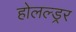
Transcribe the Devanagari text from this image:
होलल्ड्रर